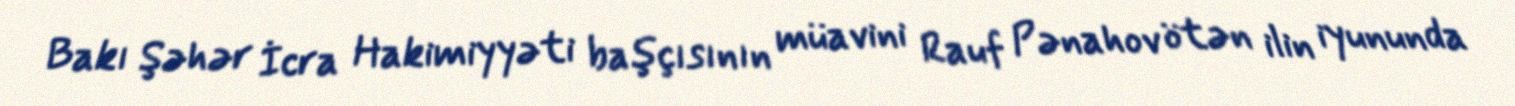
Bakı Şəhər İcra Hakimiyyəti başçısının müavini Rauf Pənahov ötən ilin iyununda